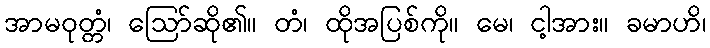
အာမဝုတ္တံ၊ ဩော်ဆို၏။ တံ၊ ထိုအပြစ်ကို။ မေ၊ ငါ့အား။ ခမာဟိ၊